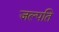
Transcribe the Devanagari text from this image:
जल्पति